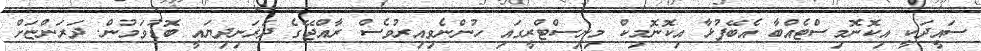
ސައީދަކީ އިކޮނޮމިސްޓެއްބާ އެބޭފުޅާ އިކޮނޮމިކް މިނިސްޓްރީގައި ހުންނެވިއިރުވެސް ރާއްޖޭގެ ދަރަނިދިޔައީ ބޮޑުވަމުން. ދަރަންޏަށް